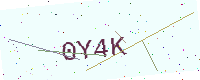
Text: 0Y4K